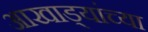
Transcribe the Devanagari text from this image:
आखाड्यांच्या